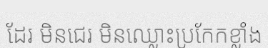
ដែរ មិនជេរ មិនឈ្លោះប្រកែកខ្លាំង